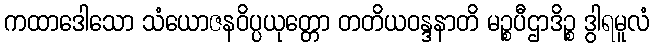
ကထာဒေါသော သံယောဇနဝိပ္ပယုတ္တော တတိယဝန္ဒနာတိ မဉ္စပီဌာဒိဉ္စ ဒွါရမူလံ